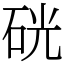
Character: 硄